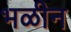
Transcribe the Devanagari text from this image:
भळीन